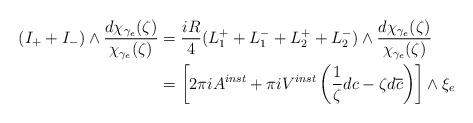
LaTeX: \begin{align*} (I_{+} + I_{-}) \wedge \frac{d \chi_{\gamma_e}(\zeta)}{\chi_{\gamma_e}(\zeta)} & = \frac{iR}{4}(L^{+}_1 + L^{-}_1 + L^{+}_2 + L^{-}_2) \wedge \frac{d \chi_{\gamma_e}(\zeta)}{\chi_{\gamma_e}(\zeta)} \\ & = \left[ 2\pi i A^{inst} + \pi i V^{inst} \left( \frac{1}{\zeta}dc - \zeta d\overline{c} \right) \right] \wedge \xi_e\end{align*}